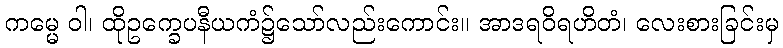
ကမ္မေ ဝါ၊ ထိုဥက္ခေပနီယကံ၌သော်လည်းကောင်း။ အာဒရဝိရဟိတံ၊ လေးစားခြင်းမှ